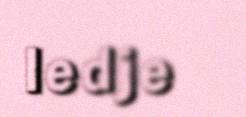
ledje